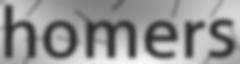
homers